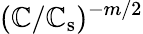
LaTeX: (\mathbb{C}/\mathbb{C}_{\mathrm{{s}}})^{-m/2}